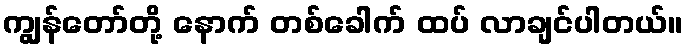
ကျွန်တော်တို့ နောက် တစ်ခေါက် ထပ် လာချင်ပါတယ်။